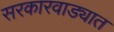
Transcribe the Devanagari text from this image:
सरकारवाड्यात